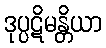
ဒုပ္ပဋိမန္တိယာ